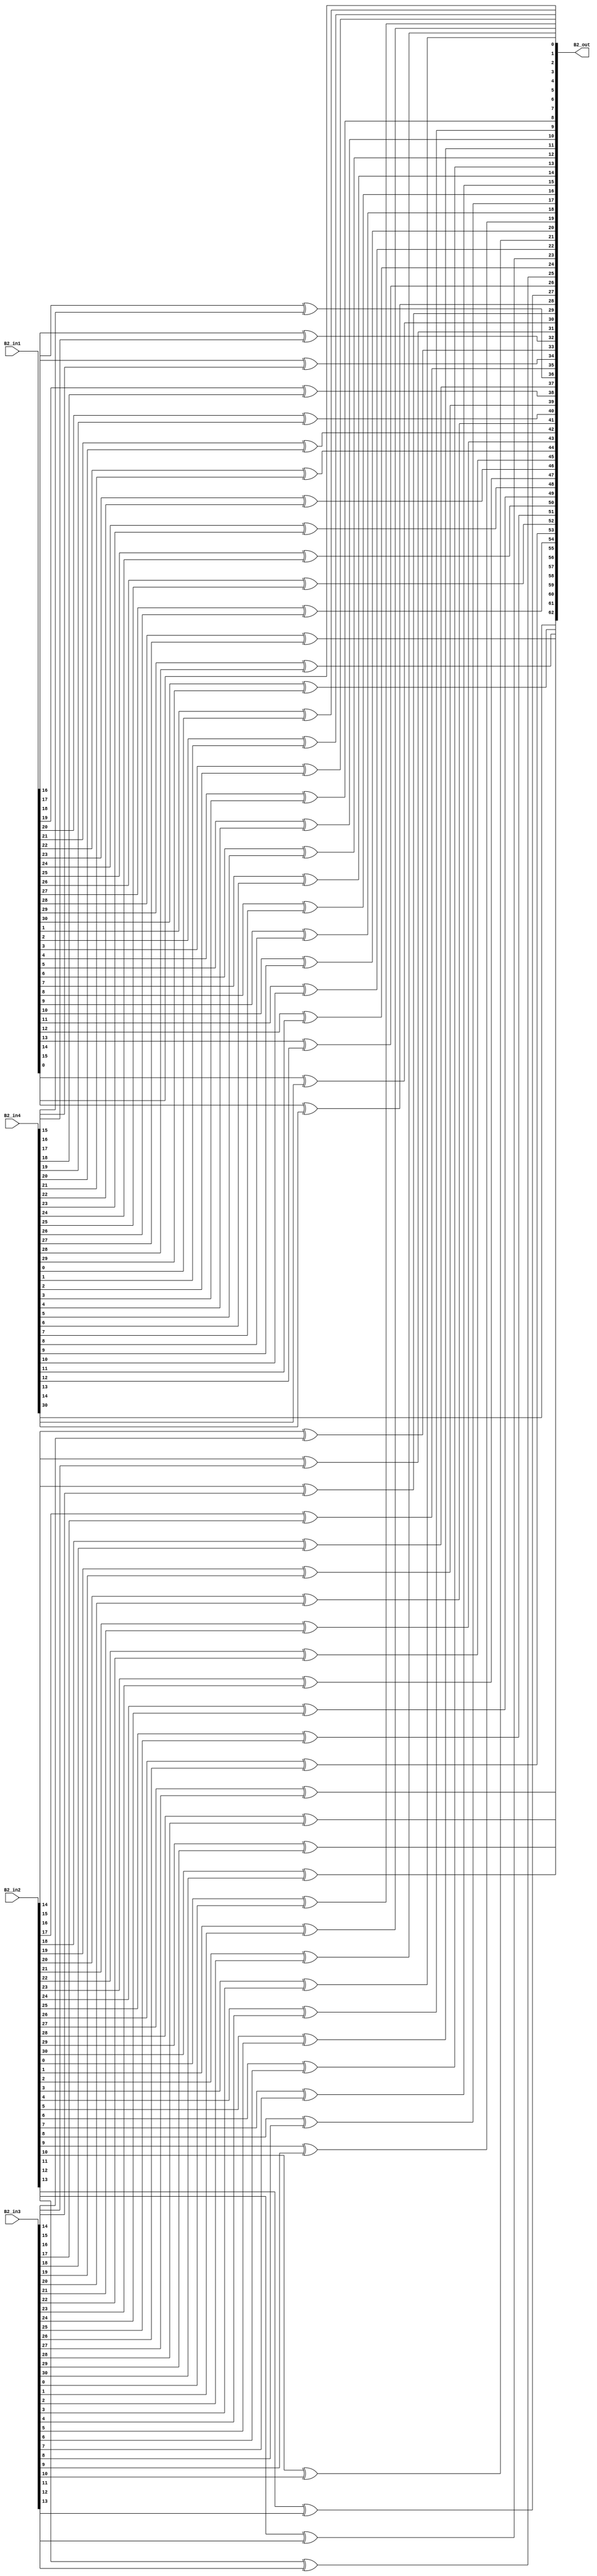
`timescale 1ns / 1ps
//////////////////////////////////////////////////////////////////////////////////
// Company: 
// Engineer: 
// 
// Design Name: 
// Module Name: overlap_module_32bit
// Project Name: 
// Target Devices: 
// Tool Versions: 
// Description: 
// 
// Dependencies: 
// 
// Revision:
// Revision 0.01 - File Created
// Additional Comments:
// 
//////////////////////////////////////////////////////////////////////////////////


module overlap_module_32bit(
    B2_in1,
    B2_in2,
    B2_in3,
    B2_in4,
    B2_out
    );


parameter n = 32;

input [n-2:0] B2_in1;
input [n-2:0] B2_in2;
input [n-2:0] B2_in3;
input [n-2:0] B2_in4;

output [2*n-2:0] B2_out;

assign B2_out[0] = B2_in1[0];

assign B2_out[2] = B2_in1[1]^B2_in4[0];

assign B2_out[4] = B2_in1[2]^B2_in4[1];

assign B2_out[6] = B2_in1[3]^B2_in4[2];

assign B2_out[8] = B2_in1[4]^B2_in4[3];

assign B2_out[10] = B2_in1[5]^B2_in4[4];

assign B2_out[12] = B2_in1[6]^B2_in4[5];

assign B2_out[14] = B2_in1[7]^B2_in4[6];

assign B2_out[16] = B2_in1[8]^B2_in4[7];

assign B2_out[18] = B2_in1[9]^B2_in4[8];

assign B2_out[20] = B2_in1[10]^B2_in4[9];

assign B2_out[22] = B2_in1[11]^B2_in4[10];

assign B2_out[24] = B2_in1[12]^B2_in4[11];

assign B2_out[26] = B2_in1[13]^B2_in4[12];

assign B2_out[28] = B2_in1[14]^B2_in4[13];

assign B2_out[30] = B2_in1[15]^B2_in4[14];

assign B2_out[1] = B2_in2[0]^B2_in3[0];

assign B2_out[3] = B2_in2[1]^B2_in3[1];

assign B2_out[5] = B2_in2[2]^B2_in3[2];

assign B2_out[7] = B2_in2[3]^B2_in3[3];

assign B2_out[9] = B2_in2[4]^B2_in3[4];

assign B2_out[11] = B2_in2[5]^B2_in3[5];

assign B2_out[13] = B2_in2[6]^B2_in3[6];

assign B2_out[15] = B2_in2[7]^B2_in3[7];

assign B2_out[17] = B2_in2[8]^B2_in3[8];

assign B2_out[19] = B2_in2[9]^B2_in3[9];

assign B2_out[21] = B2_in2[10]^B2_in3[10];

assign B2_out[23] = B2_in2[11]^B2_in3[11];

assign B2_out[25] = B2_in2[12]^B2_in3[12];

assign B2_out[27] = B2_in2[13]^B2_in3[13];

assign B2_out[29] = B2_in2[14]^B2_in3[14];

assign B2_out[31] = B2_in2[15]^B2_in3[15];

assign B2_out[33] = B2_in2[16]^B2_in3[16];

assign B2_out[35] = B2_in2[17]^B2_in3[17];

assign B2_out[37] = B2_in2[18]^B2_in3[18];

assign B2_out[39] = B2_in2[19]^B2_in3[19];

assign B2_out[41] = B2_in2[20]^B2_in3[20];

assign B2_out[43] = B2_in2[21]^B2_in3[21];

assign B2_out[45] = B2_in2[22]^B2_in3[22];

assign B2_out[47] = B2_in2[23]^B2_in3[23];

assign B2_out[49] = B2_in2[24]^B2_in3[24];

assign B2_out[51] = B2_in2[25]^B2_in3[25];

assign B2_out[53] = B2_in2[26]^B2_in3[26];

assign B2_out[55] = B2_in2[27]^B2_in3[27];

assign B2_out[57] = B2_in2[28]^B2_in3[28];

assign B2_out[59] = B2_in2[29]^B2_in3[29];

assign B2_out[61] = B2_in2[30]^B2_in3[30];

assign B2_out[32] = B2_in1[16]^B2_in4[15];

assign B2_out[34] = B2_in1[17]^B2_in4[16];

assign B2_out[36] = B2_in1[18]^B2_in4[17];

assign B2_out[38] = B2_in1[19]^B2_in4[18];

assign B2_out[40] = B2_in1[20]^B2_in4[19];

assign B2_out[42] = B2_in1[21]^B2_in4[20];

assign B2_out[44] = B2_in1[22]^B2_in4[21];

assign B2_out[46] = B2_in1[23]^B2_in4[22];

assign B2_out[48] = B2_in1[24]^B2_in4[23];

assign B2_out[50] = B2_in1[25]^B2_in4[24];

assign B2_out[52] = B2_in1[26]^B2_in4[25];

assign B2_out[54] = B2_in1[27]^B2_in4[26];

assign B2_out[56] = B2_in1[28]^B2_in4[27];

assign B2_out[58] = B2_in1[29]^B2_in4[28];

assign B2_out[60] = B2_in1[30]^B2_in4[29];

assign B2_out[62] = B2_in4[30];

endmodule